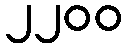
၂၂၀၀